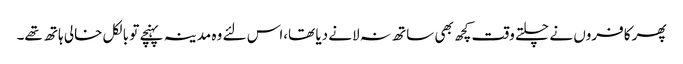
پھر کافروں نے چلتے وقت کچھ بھی ساتھ نہ لانے دیا تھا،اس لئے وہ مدینہ پہنچے تو بالکل خالی ہاتھ تھے۔